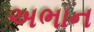
અભાન